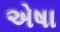
એષા